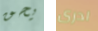
يحق ادرى